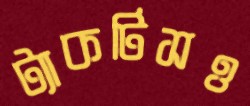
ট্যাকটিসও